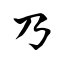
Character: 乃